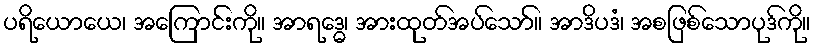
ပရိယောယေ၊ အကြောင်းကို။ အာရဒ္ဓေ၊ အားထုတ်အပ်သော်။ အာဒိပဒံ၊ အစဖြစ်သောပုဒ်ကို။